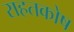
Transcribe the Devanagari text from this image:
राहतकोष